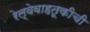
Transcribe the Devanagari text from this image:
रेल्वेवाहतूकीची